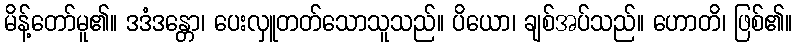
မိန့်တော်မူ၏။ ဒဒံဒန္တော၊ ပေးလှူတတ်သောသူသည်။ ပိယော၊ ချစ်အပ်သည်။ ဟောတိ၊ ဖြစ်၏။